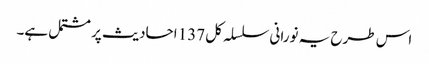
اس طرح یہ نورانی سلسلہ کل 137 احادیث پر مشتمل ہے۔